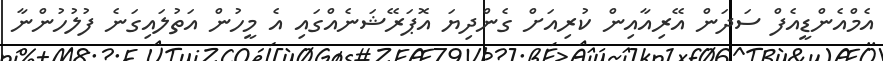
އެމްއެންޑީއެފް ސަދަން އޭރިއާއިން ކުރިއަށް ގެންދިޔަ އޮޕަރޭޝަނެއްގައި އެ މީހުން އަތުލައިގަނެ ފުލުހުންނާ